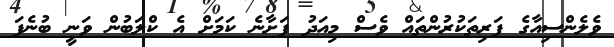
ވެލެންސިއާގެ ފަރިތަކުރުންތައް ވެސް މިއަދު ފަށާނެ ކަމަށް އެ ކްލަބުން ވަނީ ބުނެފަ